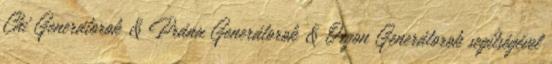
Chi Generátorok & Prána Generátorok & Orgon Generátorok segítségével